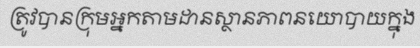
ត្រូវបានក្រុមអ្នកតាមដានស្ថានភាពនយោបាយក្នុង